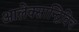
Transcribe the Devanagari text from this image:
आलेक्सान्द्रिविच